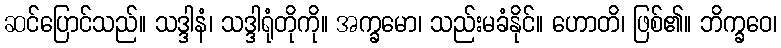
ဆင်ပြောင်သည်။ သဒ္ဒါနံ၊ သဒ္ဒါရုံတိုကို။ အက္ခမော၊ သည်းမခံနိုင်။ ဟောတိ၊ ဖြစ်၏။ ဘိက္ခဝေ၊